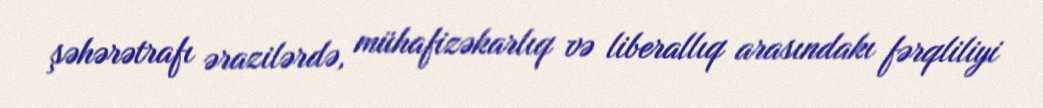
şəhərətrafı ərazilərdə, mühafizəkarlıq və liberallıq arasındakı fərqliliyi